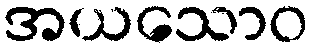
အယသောဝ